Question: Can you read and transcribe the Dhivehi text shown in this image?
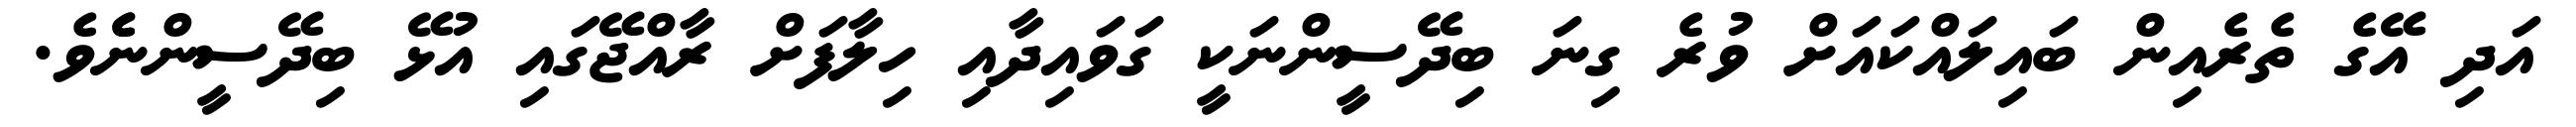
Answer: އަދި އޭގެ ތެރެއިން ބައިލައްކައަށް ވުރެ ގިނަ ބިދޭސީންނަކީ ގަވައިދާއި ހިލާފަށް ރާއްޖޭގައި އުޅޭ ބިދޭސީންނެެވެ.